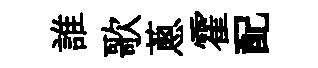
誰歌蔥霍配